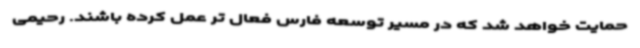
حمایت خواهد شد که در مسیر توسعه فارس فعال تر عمل کرده باشند. رحیمی